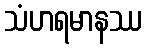
သံဟရမာနဿ